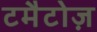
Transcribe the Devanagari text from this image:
टमैटोज़